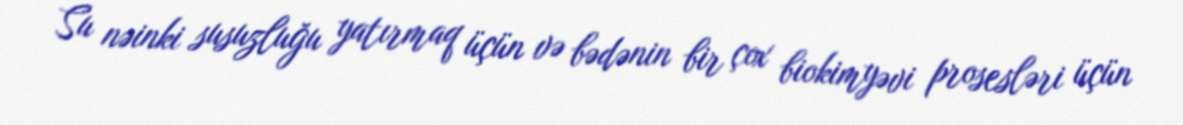
Su nəinki susuzluğu yatırmaq üçün və bədənin bir çox biokimyəvi prosesləri üçün